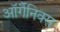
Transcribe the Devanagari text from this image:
ऑर्गैनिक्स